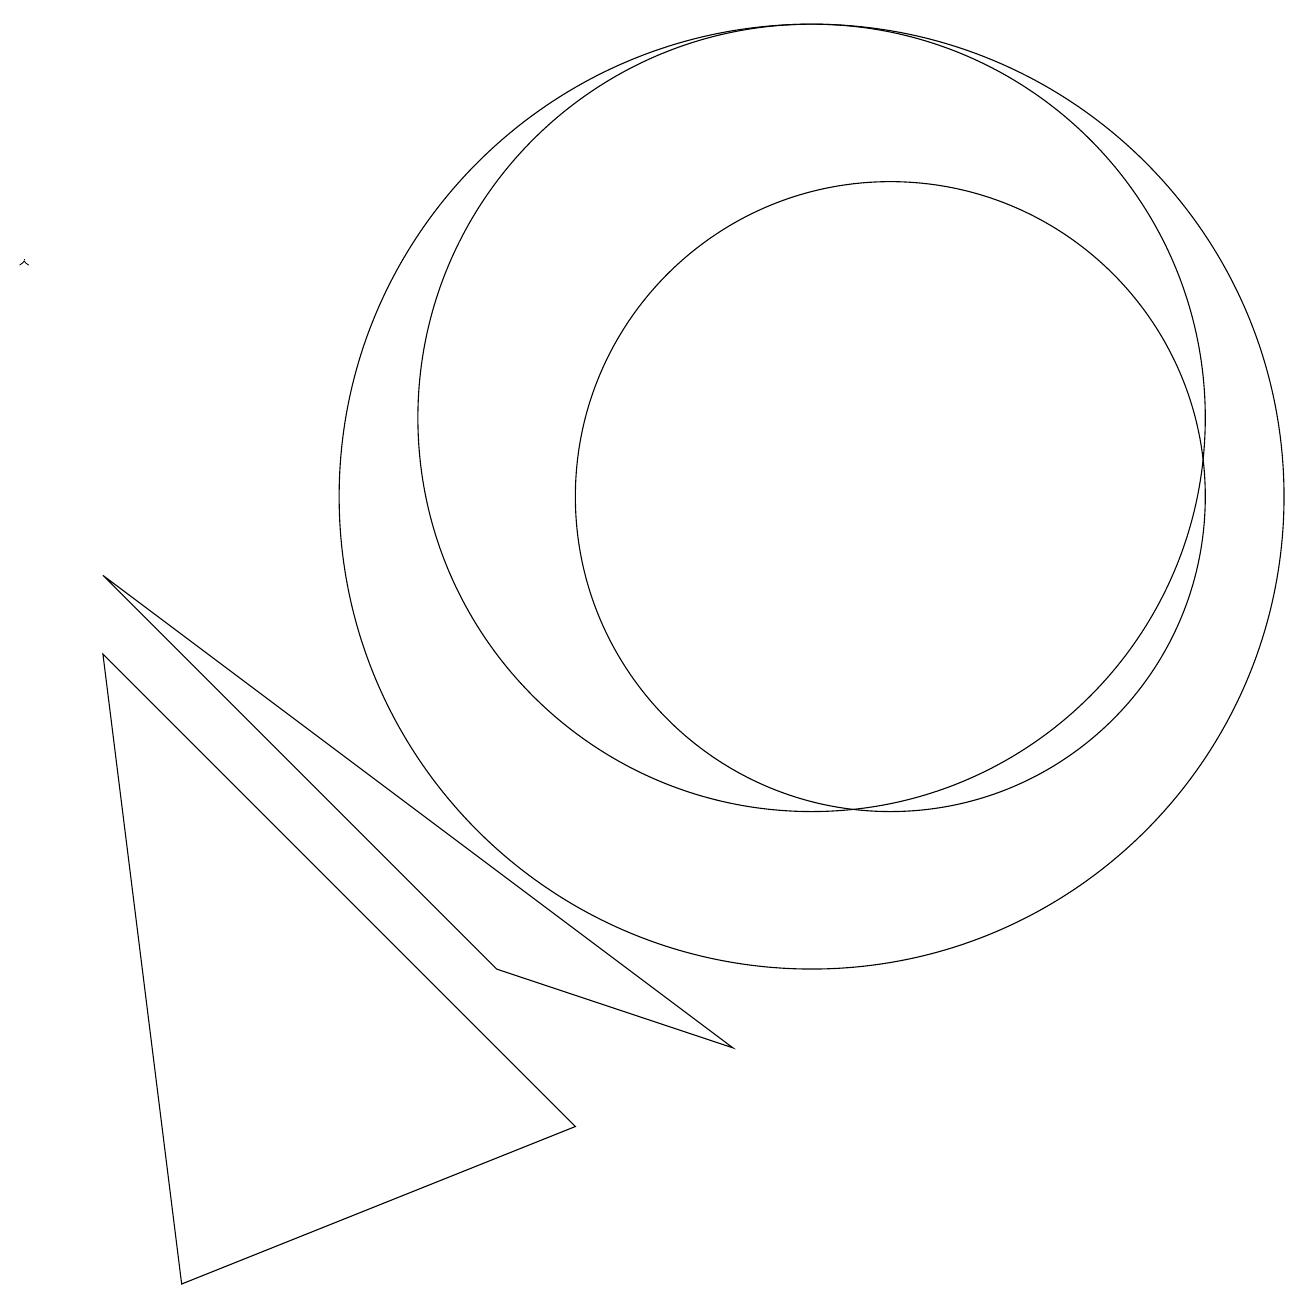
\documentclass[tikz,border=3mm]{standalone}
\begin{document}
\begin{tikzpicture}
\draw (10,10) circle (6);
\draw (11,10) circle (4);
\draw[->] (0,13) -- (0,13);
\draw (2,0) -- (7,2) -- (1,8) -- cycle;
\draw (10,11) circle (5);
\draw (1,9) -- (9,3) -- (6,4) -- cycle;
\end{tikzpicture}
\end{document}